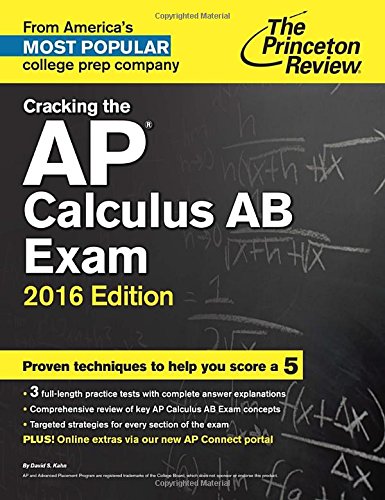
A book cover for Cracking the AP Calculus AB Exam, 2016 Edition (College Test Preparation); Princeton Review; Test Preparation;